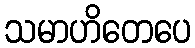
သမာဟိတေပေ